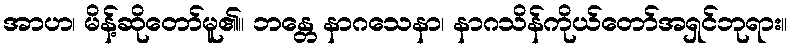
အာဟ၊ မိန့်ဆိုတော်မူ၏။ ဘန္တေ နာဂသေနာ၊ နာဂသိန်ကိုယ်တော်အရှင်ဘုရား။